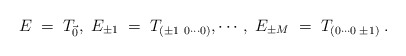
\begin{align*}E\;=\;T_{\vec 0},\;E_{\pm 1}\;=\;T_{(\pm 1 \ 0\cdots0)}, \cdots, \;E_{\pm M}\;=\;T_{(0\cdots 0\;\pm 1)}\; .\end{align*}